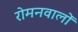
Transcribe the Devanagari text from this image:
रोमनवालों